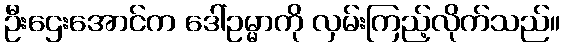
ဦးဌေးအောင်က ဒေါ်ဥမ္မာကို လှမ်းကြည့်လိုက်သည်။